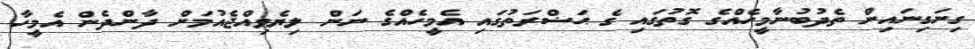
ގިނަގިނައިން ތެދުބުނާމީހެއްގެ ގޮތުގައި ގެ ޙަޟްރަތުގައި އެމީހެއްގެ ނަން ލިޔެވިއްޖެއުމަށް ދާންދެން އެމީހާ